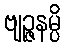
ဗျဉ္ဇနမ္ပိ